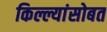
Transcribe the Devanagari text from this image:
किल्ल्यांसोबत